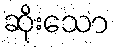
ဆိုးသော